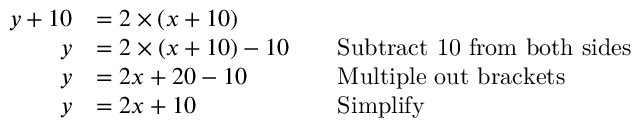
{ \begin{array} { r l r l } { y + 1 0 } & { = 2 \times ( x + 1 0 ) } \\ { y } & { = 2 \times ( x + 1 0 ) - 1 0 } & & { { \mathrm { S u b t r a c t ~ 1 0 ~ f r o m ~ b o t h ~ s i d e s } } } \\ { y } & { = 2 x + 2 0 - 1 0 } & & { { \mathrm { M u l t i p l e ~ o u t ~ b r a c k e t s } } } \\ { y } & { = 2 x + 1 0 } & & { { \mathrm { S i m p l i f y } } } \end{array} }